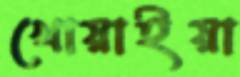
খোয়াইয়া